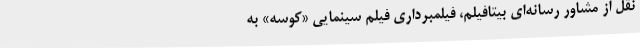
نقل از مشاور رسانه‌ای بیتافیلم، فیلمبرداری فیلم سینمایی «کوسه» به